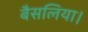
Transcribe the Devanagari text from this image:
बैसलिया।